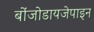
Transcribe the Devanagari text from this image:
बोंजोडायजेपाइन